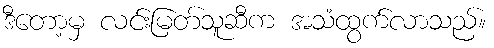
ဒီတော့မှ လင်းမြတ်သူဆီက အသံထွက်လာသည်။